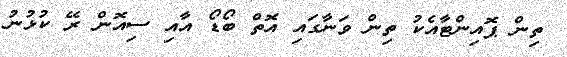
ތިން ޕޮއިންޓާއެކު ތިން ވަނާގައި އޮތް ބޯޑޯ އާއި ސިއޮން ރޭ ކުޅުނު